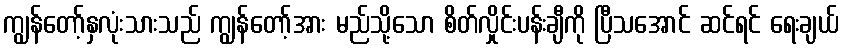
ကျွန်တော့်နှလုံးသားသည် ကျွန်တော့်အား မည်သို့သော စိတ်လှိုင်းပန်းချီကို ပြီသအောင် ဆင်ရင် ရေးချယ်